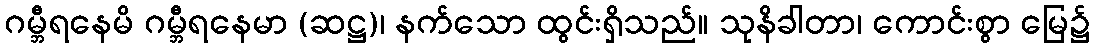
ဂမ္ဘီရနေမိ ဂမ္ဘီရနေမာ (ဆဋ္ဌ)၊ နက်သော ထွင်းရှိသည်။ သုနိခါတာ၊ ကောင်းစွာ မြေ၌